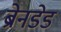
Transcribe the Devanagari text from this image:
ब्रेनडेड